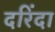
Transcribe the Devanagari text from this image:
दरिंदा